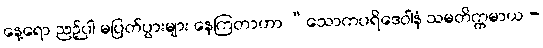
နေ့ရော ညဉ့်ပါ မပြတ်ပွားများ နေကြတာဟာ “သောကပရိဒေဝါနံ သမတိက္ကမာယ -